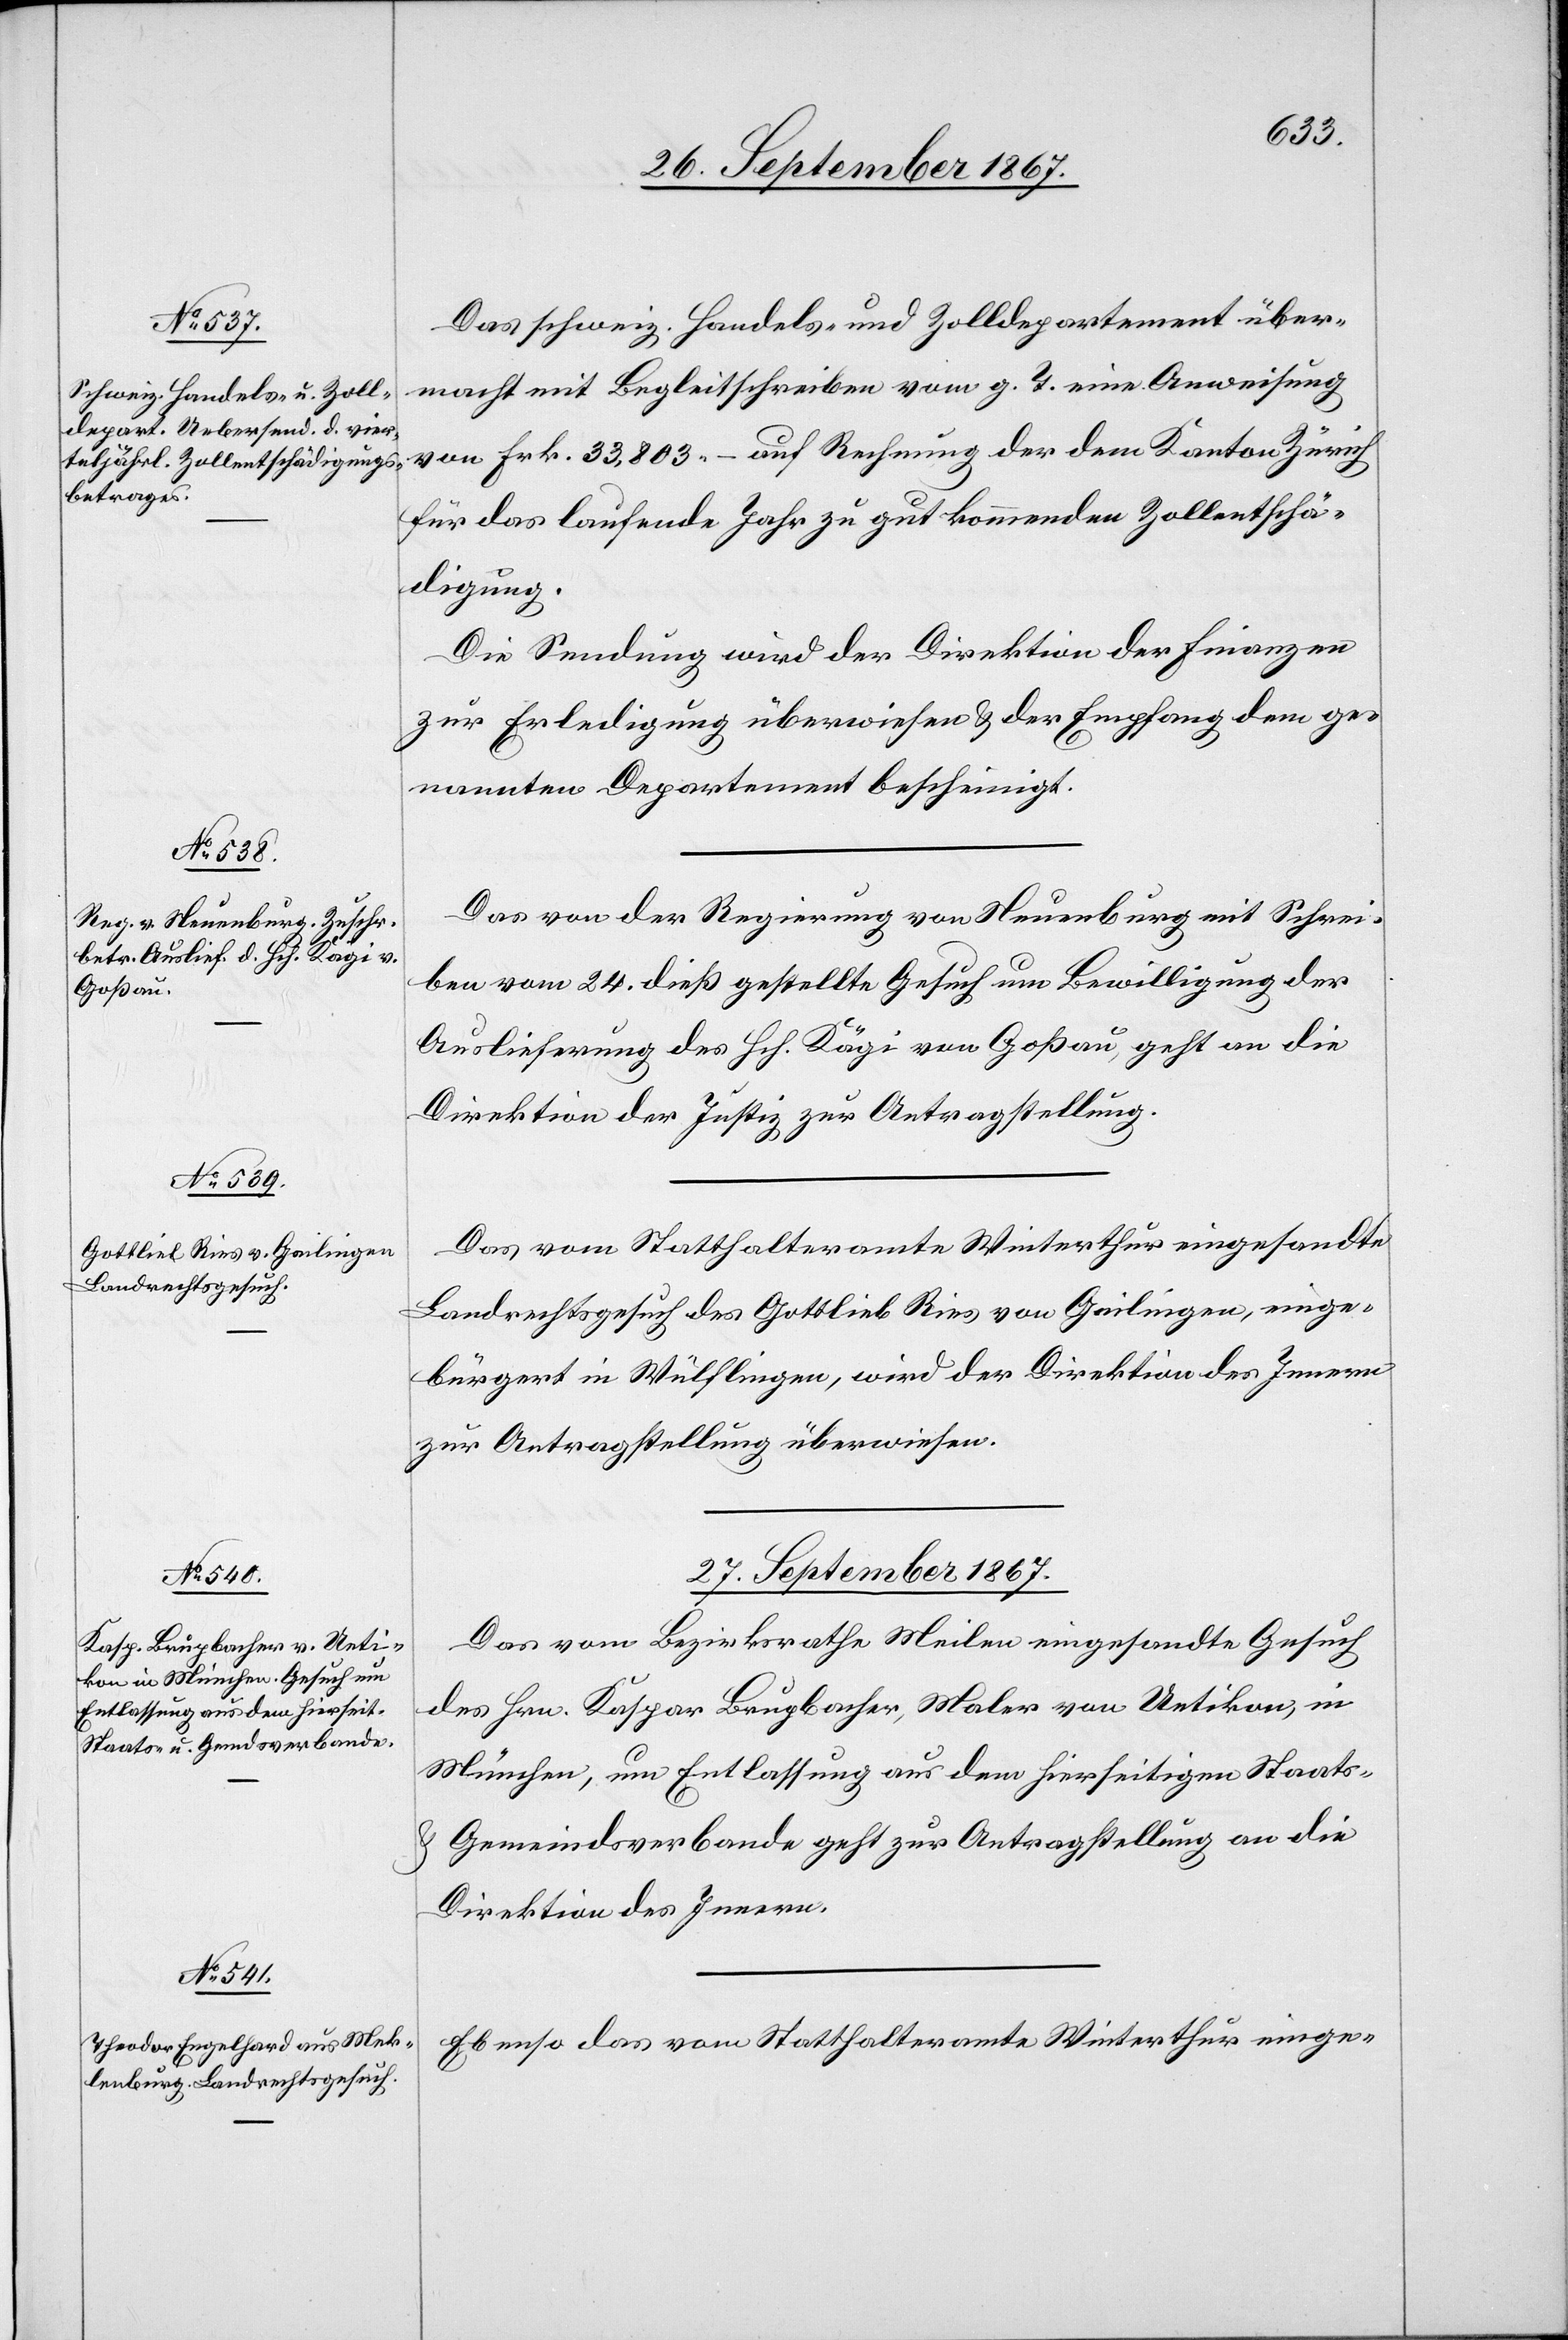
26. September 1867.]
Das schweiz. Handels- und Zolldepartement über¬
macht mit Begleitschreiben vom g. T. eine Anweisung
von Frk. 33 803.– auf Rechnung der dem Kanton Zürich
für das laufende Jahr zu gut kommenden Zollentschä¬
digung.
Die Sendung wird der Direktion der Finanzen
zur Erledigung überwiesen u. der Empfang dem ge¬
nannten Departement bescheinigt.
Das von der Regierung von Neuenburg mit Schrei¬
ben vom 24. dies gestellte Gesuch um Bewilligung der
Auslieferung des Hch. Kägi von Goßau, geht an die
Direktion der Justiz zur Antragstellung.
Das vom Statthalteramte Winterthur eingesandte
Landrechtsgesuch des Gottlieb Ries von Geilingen, einge¬
bürgert in Wülflingen, wird der Direktion des Innern
zur Antragstellung überwiesen.
27. September 1867.]
Das vom Bezirksrathe Meilen eingesandte Gesuch
des Hrn. Kaspar Bruppacher, Maler von Uetikon, in
München, um Entlassung aus dem hierseitigen Staats-
Gemeindsverbande geht zur Antragstellung an die
Direktion des Innern.
Ebenso das vom Statthalteramte Winterthur einge-